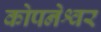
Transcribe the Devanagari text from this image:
कोपनेश्वर